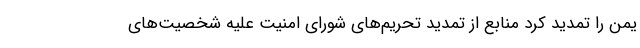
یمن را تمدید کرد منابع از تمدید تحریم‌های شورای امنیت علیه شخصیت‌های